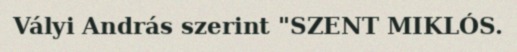
Vályi András szerint "SZENT MIKLÓS.